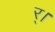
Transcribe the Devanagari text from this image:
र्।